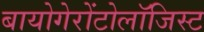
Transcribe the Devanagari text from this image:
बायोगेरोंटोलॉजिस्ट